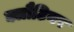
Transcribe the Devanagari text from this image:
क्लौटियर